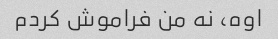
اوه، نه من فراموش کردم